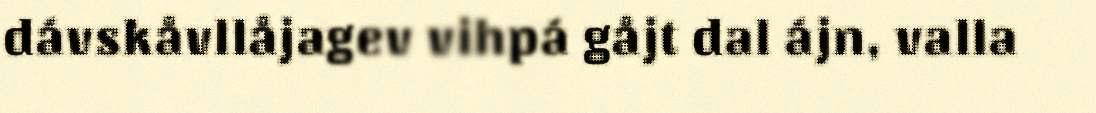
dávskåvllåjagev vihpá gåjt dal ájn, valla